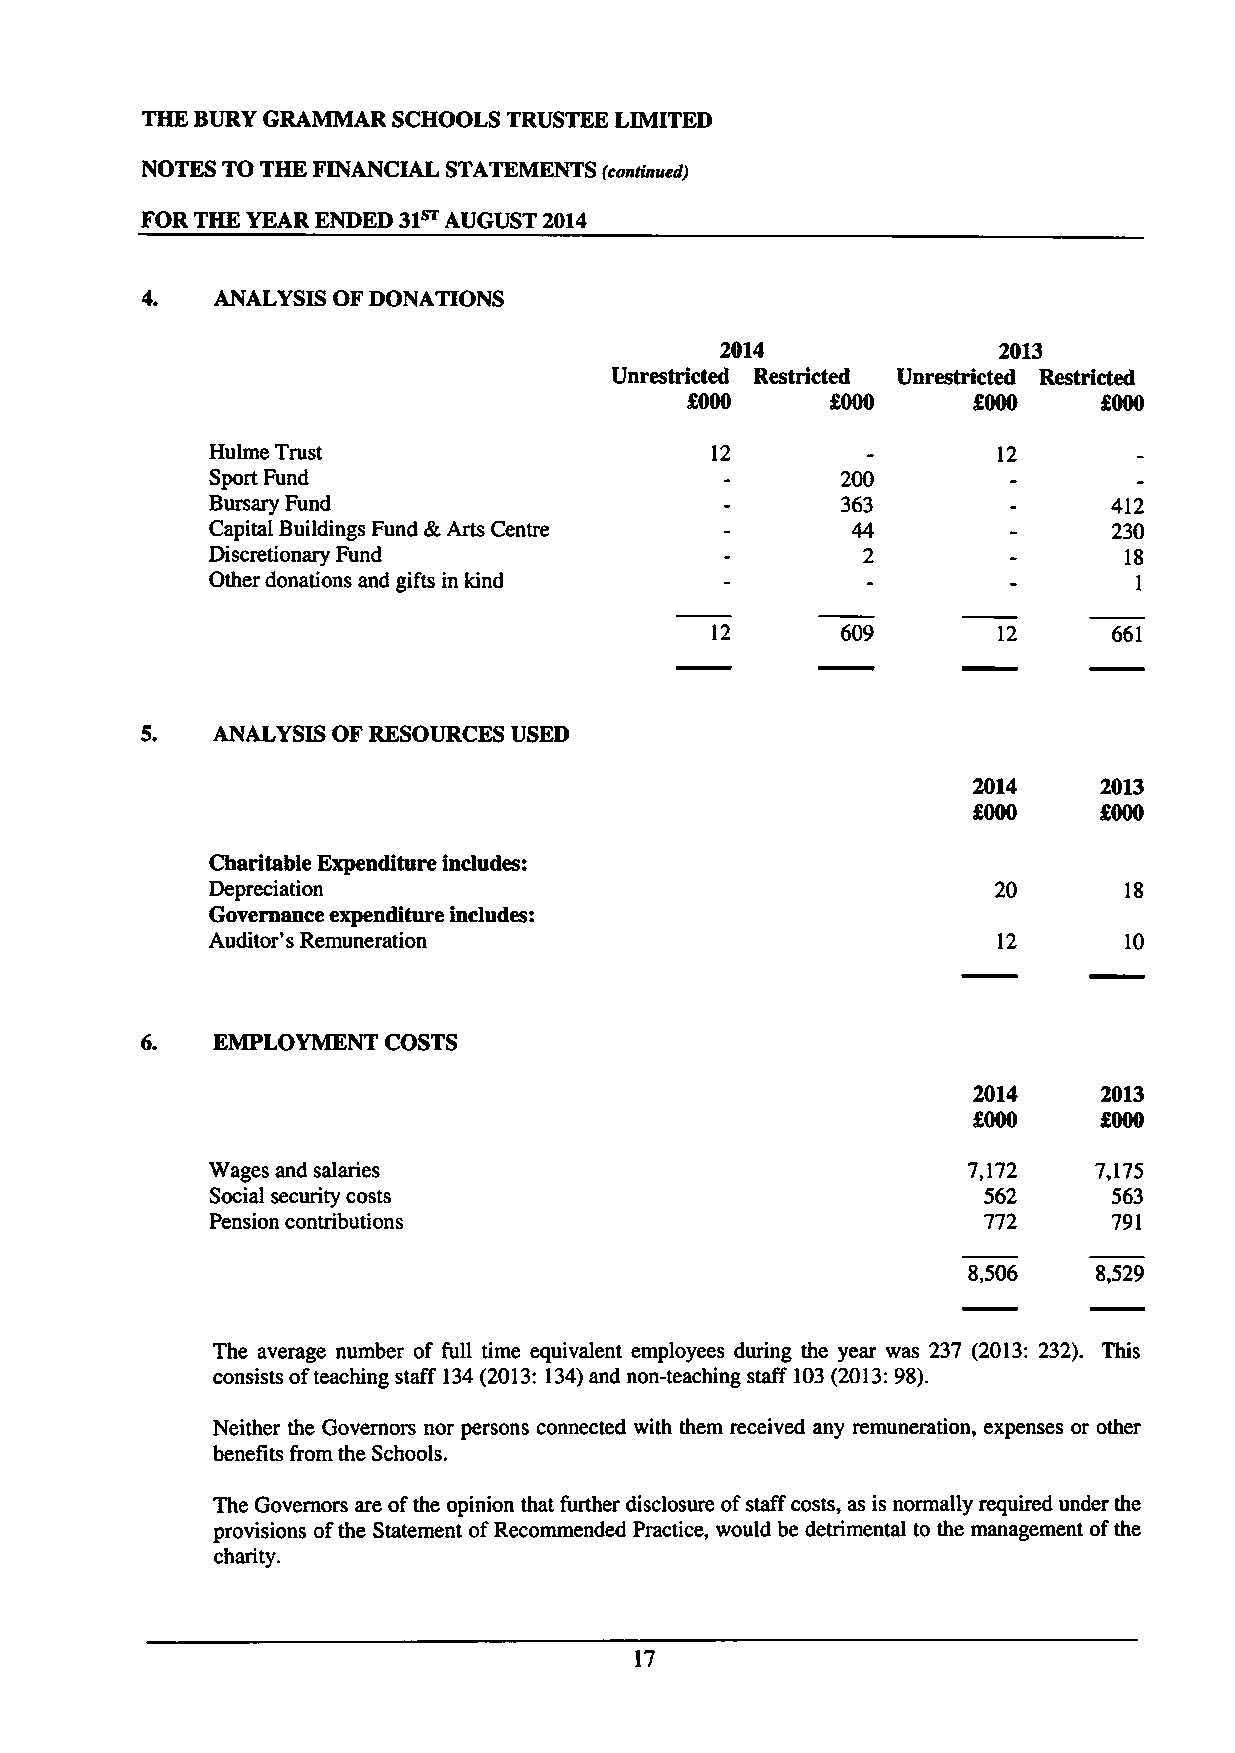
THE BURYGRAMMAR  SCHOOLS TRUSTEE LIMITED
 NOTES TO THE FINANCIAL STATEMENTS (continued)
 FOR THE YEAR ENDED 31~ AUGUST 2014
 4.   ANALYSIS OF DONATIONS
 2014              2013
 Unrestricted Restricted Unrestricted Restricted
 OOOO      OOOO     f000     %000
 Hulme Trust                      12                 12
 Sport Fund                                200
 Bursary Fund                              363               412
 Capital Buildings Fund &Arts Centre       44                230
 Discretionary Fund                         2                18
 Other donations and gifts in kind                            1
 12                 12      661
 5.   ANALYSIS OF RESOURCES USED
 2014     2013
 f000     f000
 Charitable Expenditure includes:
 Depreciation                                        20
 Governance expenditure includes:
 Auditor's Remuneration                              12      10
 6.   EMPLOYMENT COSTS
 2014     2013
 f000     $000
 Wages and salaries                                7,172   7,175
 Social security costs                              562      563
 Pension contributions                              772      791
 8,506   8,529
 The average number of full time equivalent employees during the year was 237 (2013:232). This
 consists ofteaching staff 134(2013:134)and non-teaching staff 103(2013:98).
 Neither the Governors nor persons connected with them received any remuneration, expenses or other
 benefits from the Schools.
 The Governors are ofthe opinion that further disclosure ofstaff costs, as is normally required under the
 provisions ofthe Statement ofRecommended Practice, would be detrimental to the management ofthe
 charity.
 17